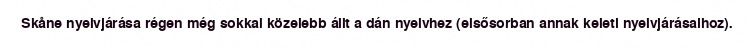
Skåne nyelvjárása régen még sokkal közelebb állt a dán nyelvhez (elsősorban annak keleti nyelvjárásaihoz).